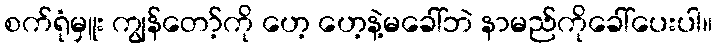
စက်ရုံမှူး ကျွန်တော့်ကို ဟေ့ ဟေ့နဲ့မခေါ်ဘဲ နာမည်ကိုခေါ်ပေးပါ။